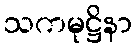
သကမုဋ္ဌိနာ